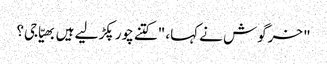
" خرگوش نے کہا، "کتنے چور پکڑ لیے ہیں بھیّا جی؟